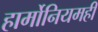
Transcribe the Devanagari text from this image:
हार्मोनियमही